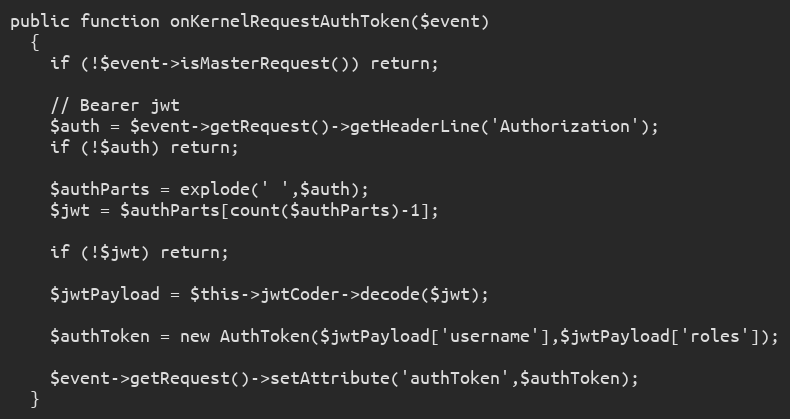
Language: PHP
public function onKernelRequestAuthToken($event)
  {
    if (!$event->isMasterRequest()) return;

    // Bearer jwt
    $auth = $event->getRequest()->getHeaderLine('Authorization');
    if (!$auth) return;

    $authParts = explode(' ',$auth);
    $jwt = $authParts[count($authParts)-1];

    if (!$jwt) return;

    $jwtPayload = $this->jwtCoder->decode($jwt);

    $authToken = new AuthToken($jwtPayload['username'],$jwtPayload['roles']);

    $event->getRequest()->setAttribute('authToken',$authToken);
  }